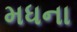
મધના